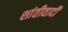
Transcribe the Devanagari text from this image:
शांतीवादी